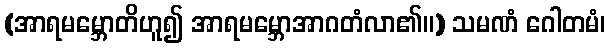
(အာရမမ္ဘောတိဟူ၍ အာရမမ္ဘောအာဂတံလာ၏။) သမဏံ ဂေါတမံ၊